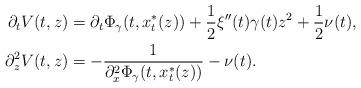
LaTeX: \begin{align*}\partial_t V(t,z) &= \partial_t \Phi_{\gamma}(t,x_t^*(z)) + \frac{1}{2}\xi''(t)\gamma(t) z^2 + \frac{1}{2}\nu(t),\\\partial^2_z V(t,z) &= -\frac{1}{\partial_x^2\Phi_{\gamma}(t,x_t^*(z))} - \nu(t).\end{align*}